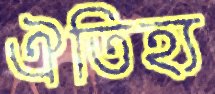
ঐতিহ্য